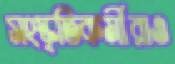
সংস্কৃতিকর্মীরাও